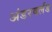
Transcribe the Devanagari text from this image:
अंडरवर्लड